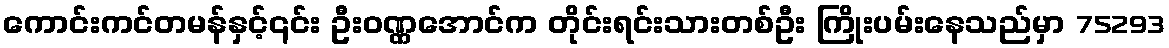
ကောင်းကင်တမန်နှင့်၎င်း ဦးဝဏ္ဏအောင်က တိုင်းရင်းသားတစ်ဦး ကြိုးပမ်းနေသည်မှာ 75293